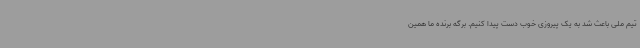
تیم ملی باعث شد به یک پیروزی خوب دست پیدا کنیم. برگه برنده ما همین